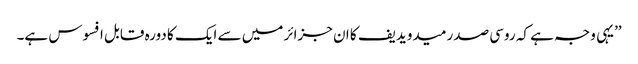
’’یہی وجہ ہے کہ روسی صدر میدویدیف کا ان جزائر میں سے ایک کا دورہ قابل افسوس ہے۔